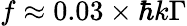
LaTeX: f\approx 0.03\times\hbar k\Gamma